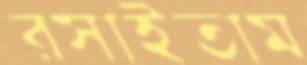
রসাইতাম